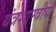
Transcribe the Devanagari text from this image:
यंत्रशास्त्रीय